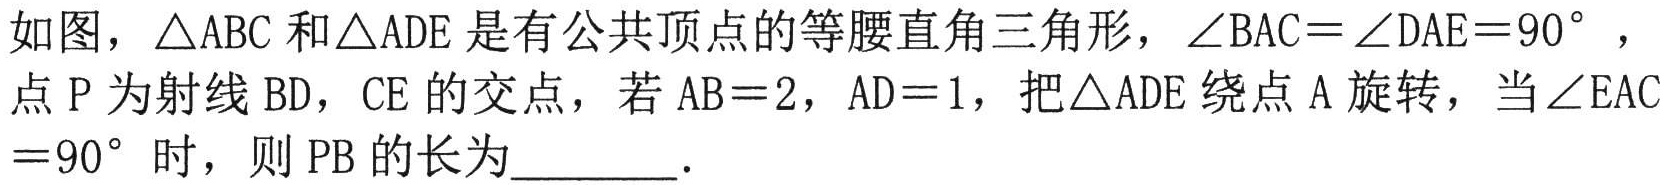
如图，\(\triangle ABC\)和\(\triangle ADE\)是有公共顶点的等腰直角三角形，\(\angle BAC = \angle DAE = 90^{\circ}\)，点\(P\)为射线\(BD\)，\(CE\)的交点，若\(AB = 2\)，\(AD = 1\)，把\(\triangle ADE\)绕点\(A\)旋转，当\(\angle EAC = 90^{\circ}\)时，则\(PB\)的长为________．